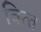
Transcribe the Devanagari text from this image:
वित्‍त